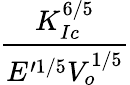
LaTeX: \frac{K_{Ic}^{6/5}}{E^{\prime 1/5}V_{o}^{1/5}}